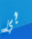
بي